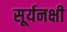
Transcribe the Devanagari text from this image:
सूर्यनक्षी